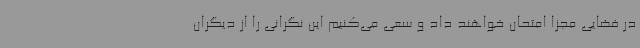
در فضایی مجزا امتحان خواهند داد و سعی می‌کنیم این نگرانی را از دیگران